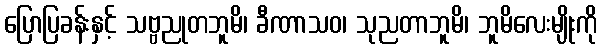
ပြောပြခန်းနှင့် သဗ္ဗညုတဘူမိ၊ ခီဏာသဝ၊ သုညတာဘူမိ၊ ဘူမိလေးမျိုးကို